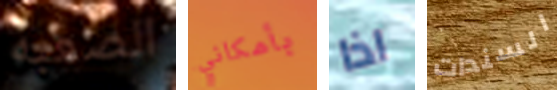
الصعبة بأمكاني اذا السندات